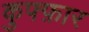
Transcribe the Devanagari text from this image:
कुफ्फ़ार